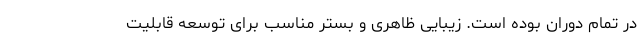
در تمام دوران بوده است. زیبایی ظاهری و بستر مناسب برای توسعه قابلیت